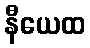
နီယေထ